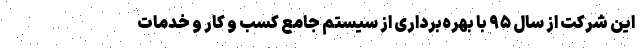
این شرکت از سال ۹۵ با بهره‌برداری از سیستم جامع کسب و کار و خدمات